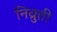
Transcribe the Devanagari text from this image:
निव्रुत्ती